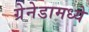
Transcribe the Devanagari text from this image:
ग्रेनेडामध्ये